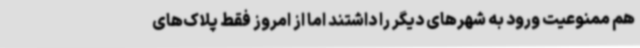
هم ممنوعیت ورود به شهرهای دیگر را داشتند اما از امروز فقط پلاک‌های